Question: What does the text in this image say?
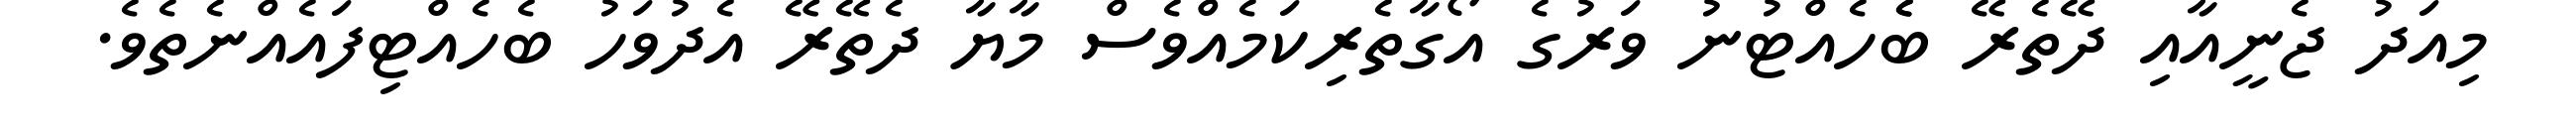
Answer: މިއަދު ޖެނީއާއި ދޭތެރޭ ބެެހެއްޓުނު ވަރުގެ އޯގާތެރިކަމެއްވެސް މާޔާ ދެތޭރޭ އެދުވަހު ބެހެއްޓިފައެއްނެތެވެ.